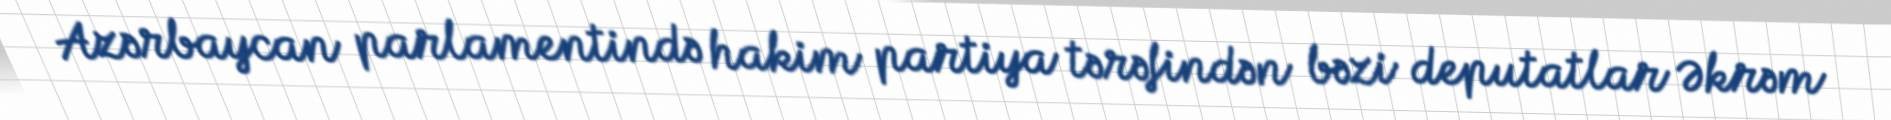
Azərbaycan parlamentində hakim partiya tərəfindən bəzi deputatlar Əkrəm